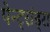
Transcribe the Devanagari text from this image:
पेन्ट्रांड्रा